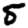
Digit: 5